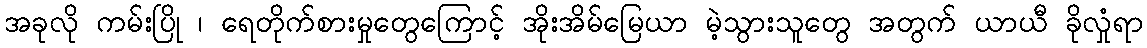
အခုလို ကမ်းပြို ၊ ရေတိုက်စားမှုတွေကြောင့် အိုးအိမ်မြေယာ မဲ့သွားသူတွေ အတွက် ယာယီ ခိုလှုံရာ